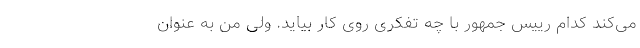
می‌کند کدام رییس جمهور با چه تفکری روی کار بیاید. ولی من به عنوان